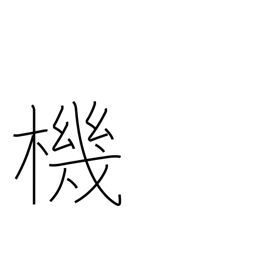
Meaning: loom